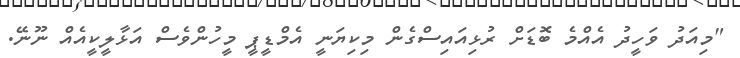
"މިއަދު ވަހީދު އެއްމެ ބޮޑަށް ރުޅިއައިސްގެން މިކިޔަނީ އެމްޑީޕީ މީހުންވެސް އަޅާލީކީއެއް ނޫނޭ.